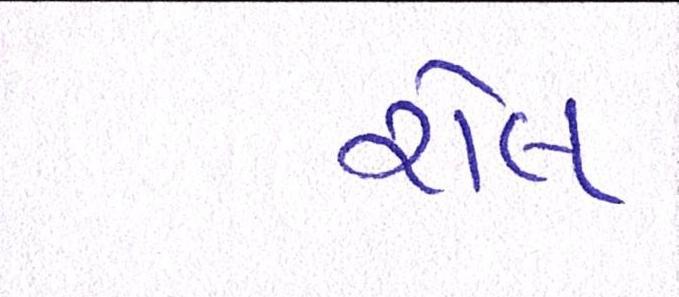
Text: રોલ